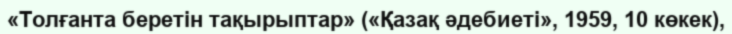
«Толғанта беретін тақырыптар» («Қазақ әдебиеті», 1959, 10 көкек),